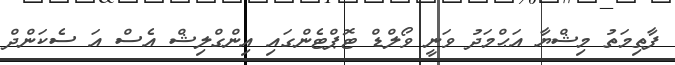
ފާޠިމަތު މިޝްޔާ އަޙްމަދު ވަނީ ވޯލްޑް ޓޮޕްޓެންގައި އިންގްލިޝް އެސް އަ ސެކަންދް